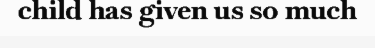
child has given us so much